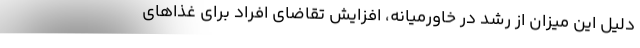
دلیل این میزان از رشد در خاورمیانه، افزایش تقاضای افراد برای غذاهای